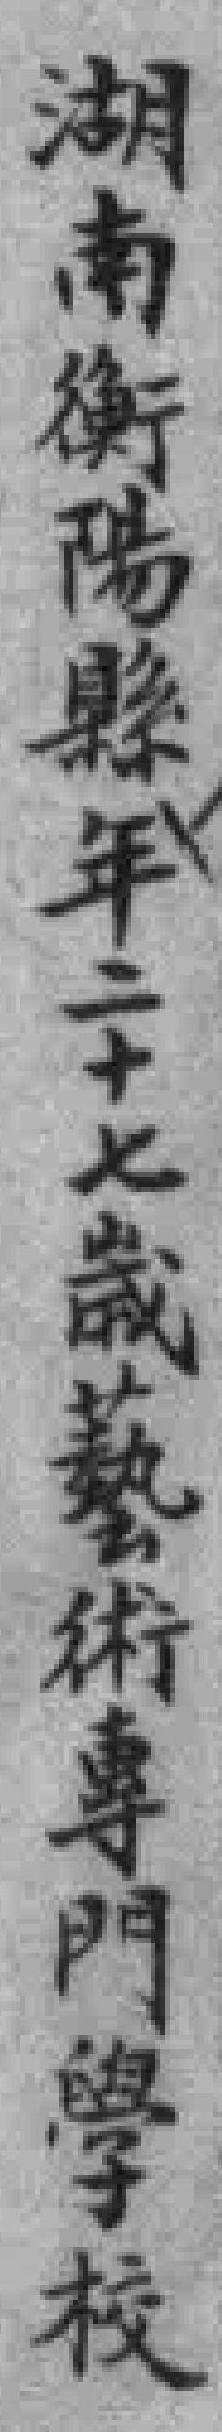
湖南衡陽縣年二十七歲藝術專門學校